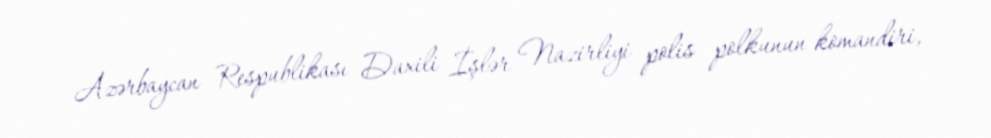
Azərbaycan Respublikası Daxili İşlər Nazirliyi polis polkunun komandiri,